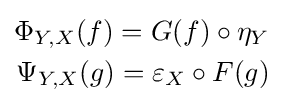
{\begin{aligned}\Phi _{Y,X}(f)=G(f)\circ \eta _{Y}\\\Psi _{Y,X}(g)=\varepsilon _{X}\circ F(g)\end{aligned}}